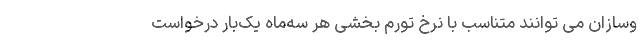
وسازان می توانند متناسب با نرخ تورم بخشی هر سه‌ماه یک‌بار درخواست